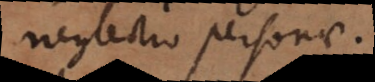
neglectio personae.